Indian journal of veterinary science and animal husbandry - Volumes 24-25, 1954-1955
Year: 1954
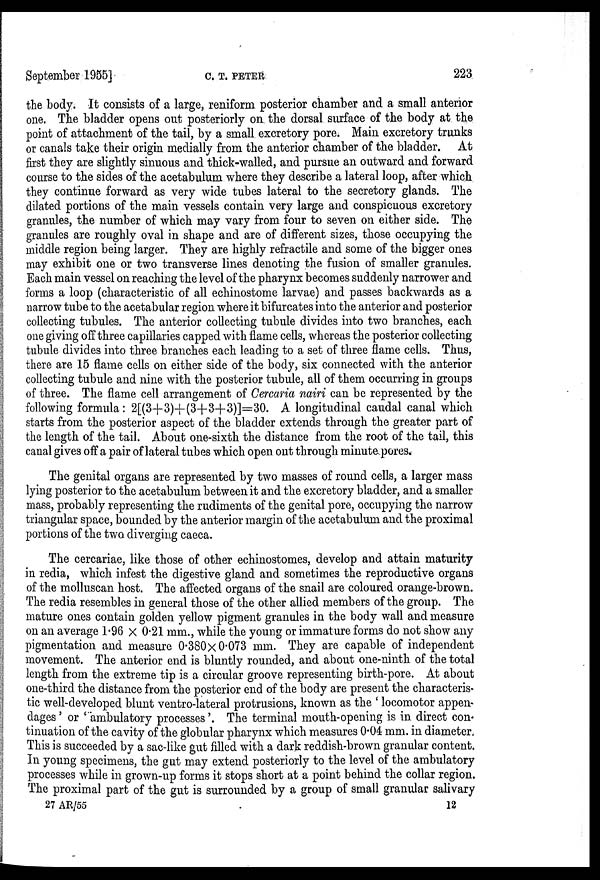
September 1955]
C.
T.
PETER
223
the body. It consists of a large, reniform posterior chamber and a small anterior
one. The bladder opens out posteriorly on the dorsal surface of the body at the
point of attachment of the tail, by a small excretory pore. Main excretory trunks
or canals take their origin medially from the anterior chamber of the bladder. At
first they are slightly sinuous and thick-walled, and pursue an outward and forward
course to the sides of the acetabulum where they describe a lateral loop, after which
they continue forward as very wide tubes lateral to the secretory glands. The
dilated portions of the main vessels contain very large and conspicuous excretory
granules, the number of which may vary from four to seven on either side. The
granules are roughly oval in shape and are of different sizes, those occupying the
middle region being larger. They are highly refractile and some of the bigger ones
may exhibit one or two transverse lines denoting the fusion of smaller granules.
Each main vessel on reaching the level of the pharynx becomes suddenly narrower and
forms a loop (characteristic of all echinostome larvae) and passes backwards as a
narrow tube to the acetabular region where it bifurcates into the anterior and posterior
collecting tubules. The anterior collecting tubule divides into two branches, each
one giving off three capillaries capped with flame cells, whereas the posterior collecting
tubule divides into three branches each leading to a set of three flame cells. Thus,
there are 15 flame cells on either side of the body, six connected with the anterior
collecting tubule and nine with the posterior tubule, all of them occurring in groups
of three. The flame cell arrangement of Cercaria nairi can be represented by the
following formula: 2[(3+3)+(3+3+3)]=30. A longitudinal caudal canal which
starts from the posterior aspect of the bladder extends through the greater part of
the length of the tail. About one-sixth the distance from the root of the tail, this
canal gives off a pair of lateral tubes which open out through minute pores.
The genital organs are represented by two masses of round cells, a larger mass
lying posterior to the acetabulum between it and the excretory bladder, and a smaller
mass, probably representing the rudiments of the genital pore, occupying the narrow
triangular space, bounded by the anterior margin of the acetabulum and the proximal
portions of the two diverging caeca.
The cercariae, like those of other echinostomes, develop and attain maturity
in redia, which infest the digestive gland and sometimes the reproductive organs
of the molluscan host. The affected organs of the snail are coloured orange-brown.
The redia resembles in general those of the other allied members of the group. The
mature ones contain golden yellow pigment granules in the body wall and measure
on an average 1.96 X 0.21 mm., while the young or immature forms do not show any
pigmentation and measure 0.380 X 0.073 mm. They are capable of independent
movement. The anterior end is bluntly rounded, and about one-ninth of the total
length from the extreme tip is a circular groove representing birth-pore. At about
one-third the distance from the posterior end of the body are present the characteris-
tic well-developed blunt ventro-lateral protrusions, known as the 'locomotor appen-
dages' or 'ambulatory processes'. The terminal mouth-opening is in direct con-
tinuation of the cavity of the globular pharynx which measures 0.04 mm. in diameter,
This is succeeded by a sac-like gut filled with a dark reddish-brown granular content.
In young specimens, the gut may extend posteriorly to the level of the ambulatory
processes while in grown-up forms it stops short at a point behind the collar region.
The proximal part of the gut is surrounded by a group of small granular salivary
27 AR/55
12